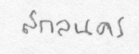
สกลนคร